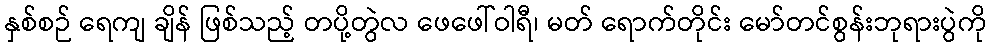
နှစ်စဉ် ရေကျ ချိန် ဖြစ်သည့် တပို့တွဲလ ဖေဖေါ်ဝါရီ၊ မတ် ရောက်တိုင်း မော်တင်စွန်းဘုရားပွဲကို